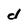
Character: d